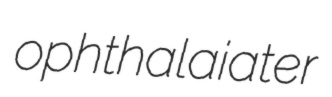
ophthalaiater